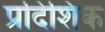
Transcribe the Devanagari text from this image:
प्रदिशिक